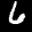
Label: 6